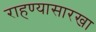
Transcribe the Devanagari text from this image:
राहण्यासारखा